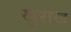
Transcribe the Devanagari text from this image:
खुराख